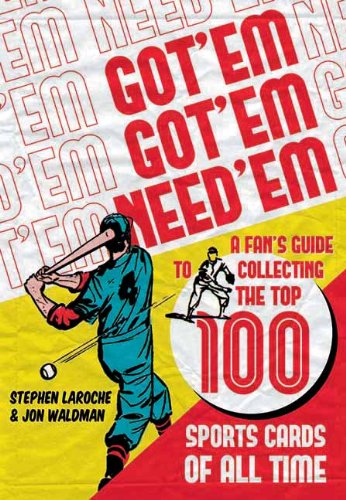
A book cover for Got 'Em, Got 'Em, Need 'em: A Fan's Guide to Collecting the Top 100 Sports Cards of All Time; Stephen Laroche; Crafts, Hobbies & Home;